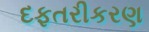
દફતરીકરણ